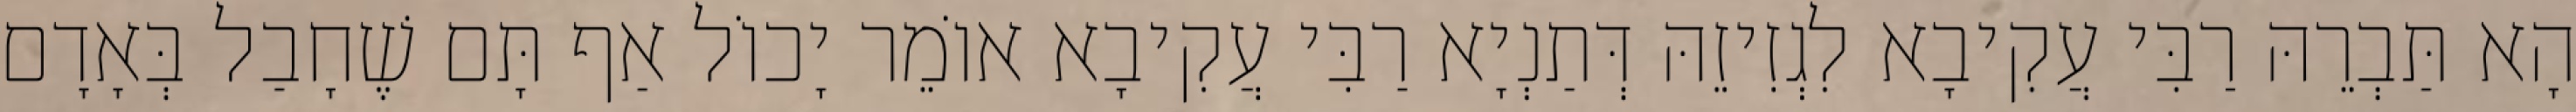
הָא תַּבְרֵהּ רַבִּי עֲקִיבָא לִגְזִיזֵהּ דְּתַנְיָא רַבִּי עֲקִיבָא אוֹמֵר יָכוֹל אַף תָּם שֶׁחָבַל בְּאָדָם